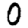
Digit: 0